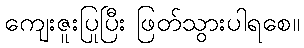
ကျေးဇူးပြုပြီး ဖြတ်သွားပါရစေ။